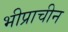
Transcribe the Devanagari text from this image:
भीप्राचीन